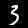
Label: 3